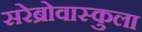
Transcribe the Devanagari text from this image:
सरेब्रोवास्कुला